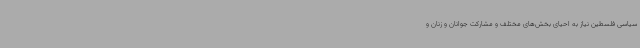
سیاسی فلسطین نیاز به احیای بخش‌های مختلف و مشارکت جوانان و زنان و